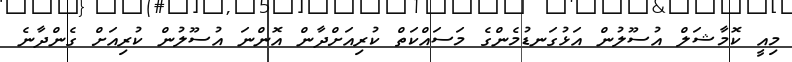
މިއީ ކޮމާޝަލް އުސޫލުން އަޅުގަނޑުމެންގެ މަސައްކަތް ކުރިއަށްދާން އޮންނަ އުސޫލުން ކުރިއަށް ގެންދާނެ